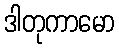
ဒါတုကာမော